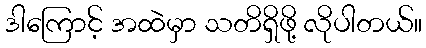
ဒါကြောင့် အထဲမှာ သတိရှိဖို့ လိုပါတယ်။